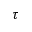
\tau